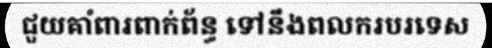
ជួយគាំពារពាក់ព័ន្ធ ទៅនឹងពលករបរទេស